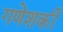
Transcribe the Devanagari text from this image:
गणेशकी